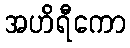
အဟိရီကော